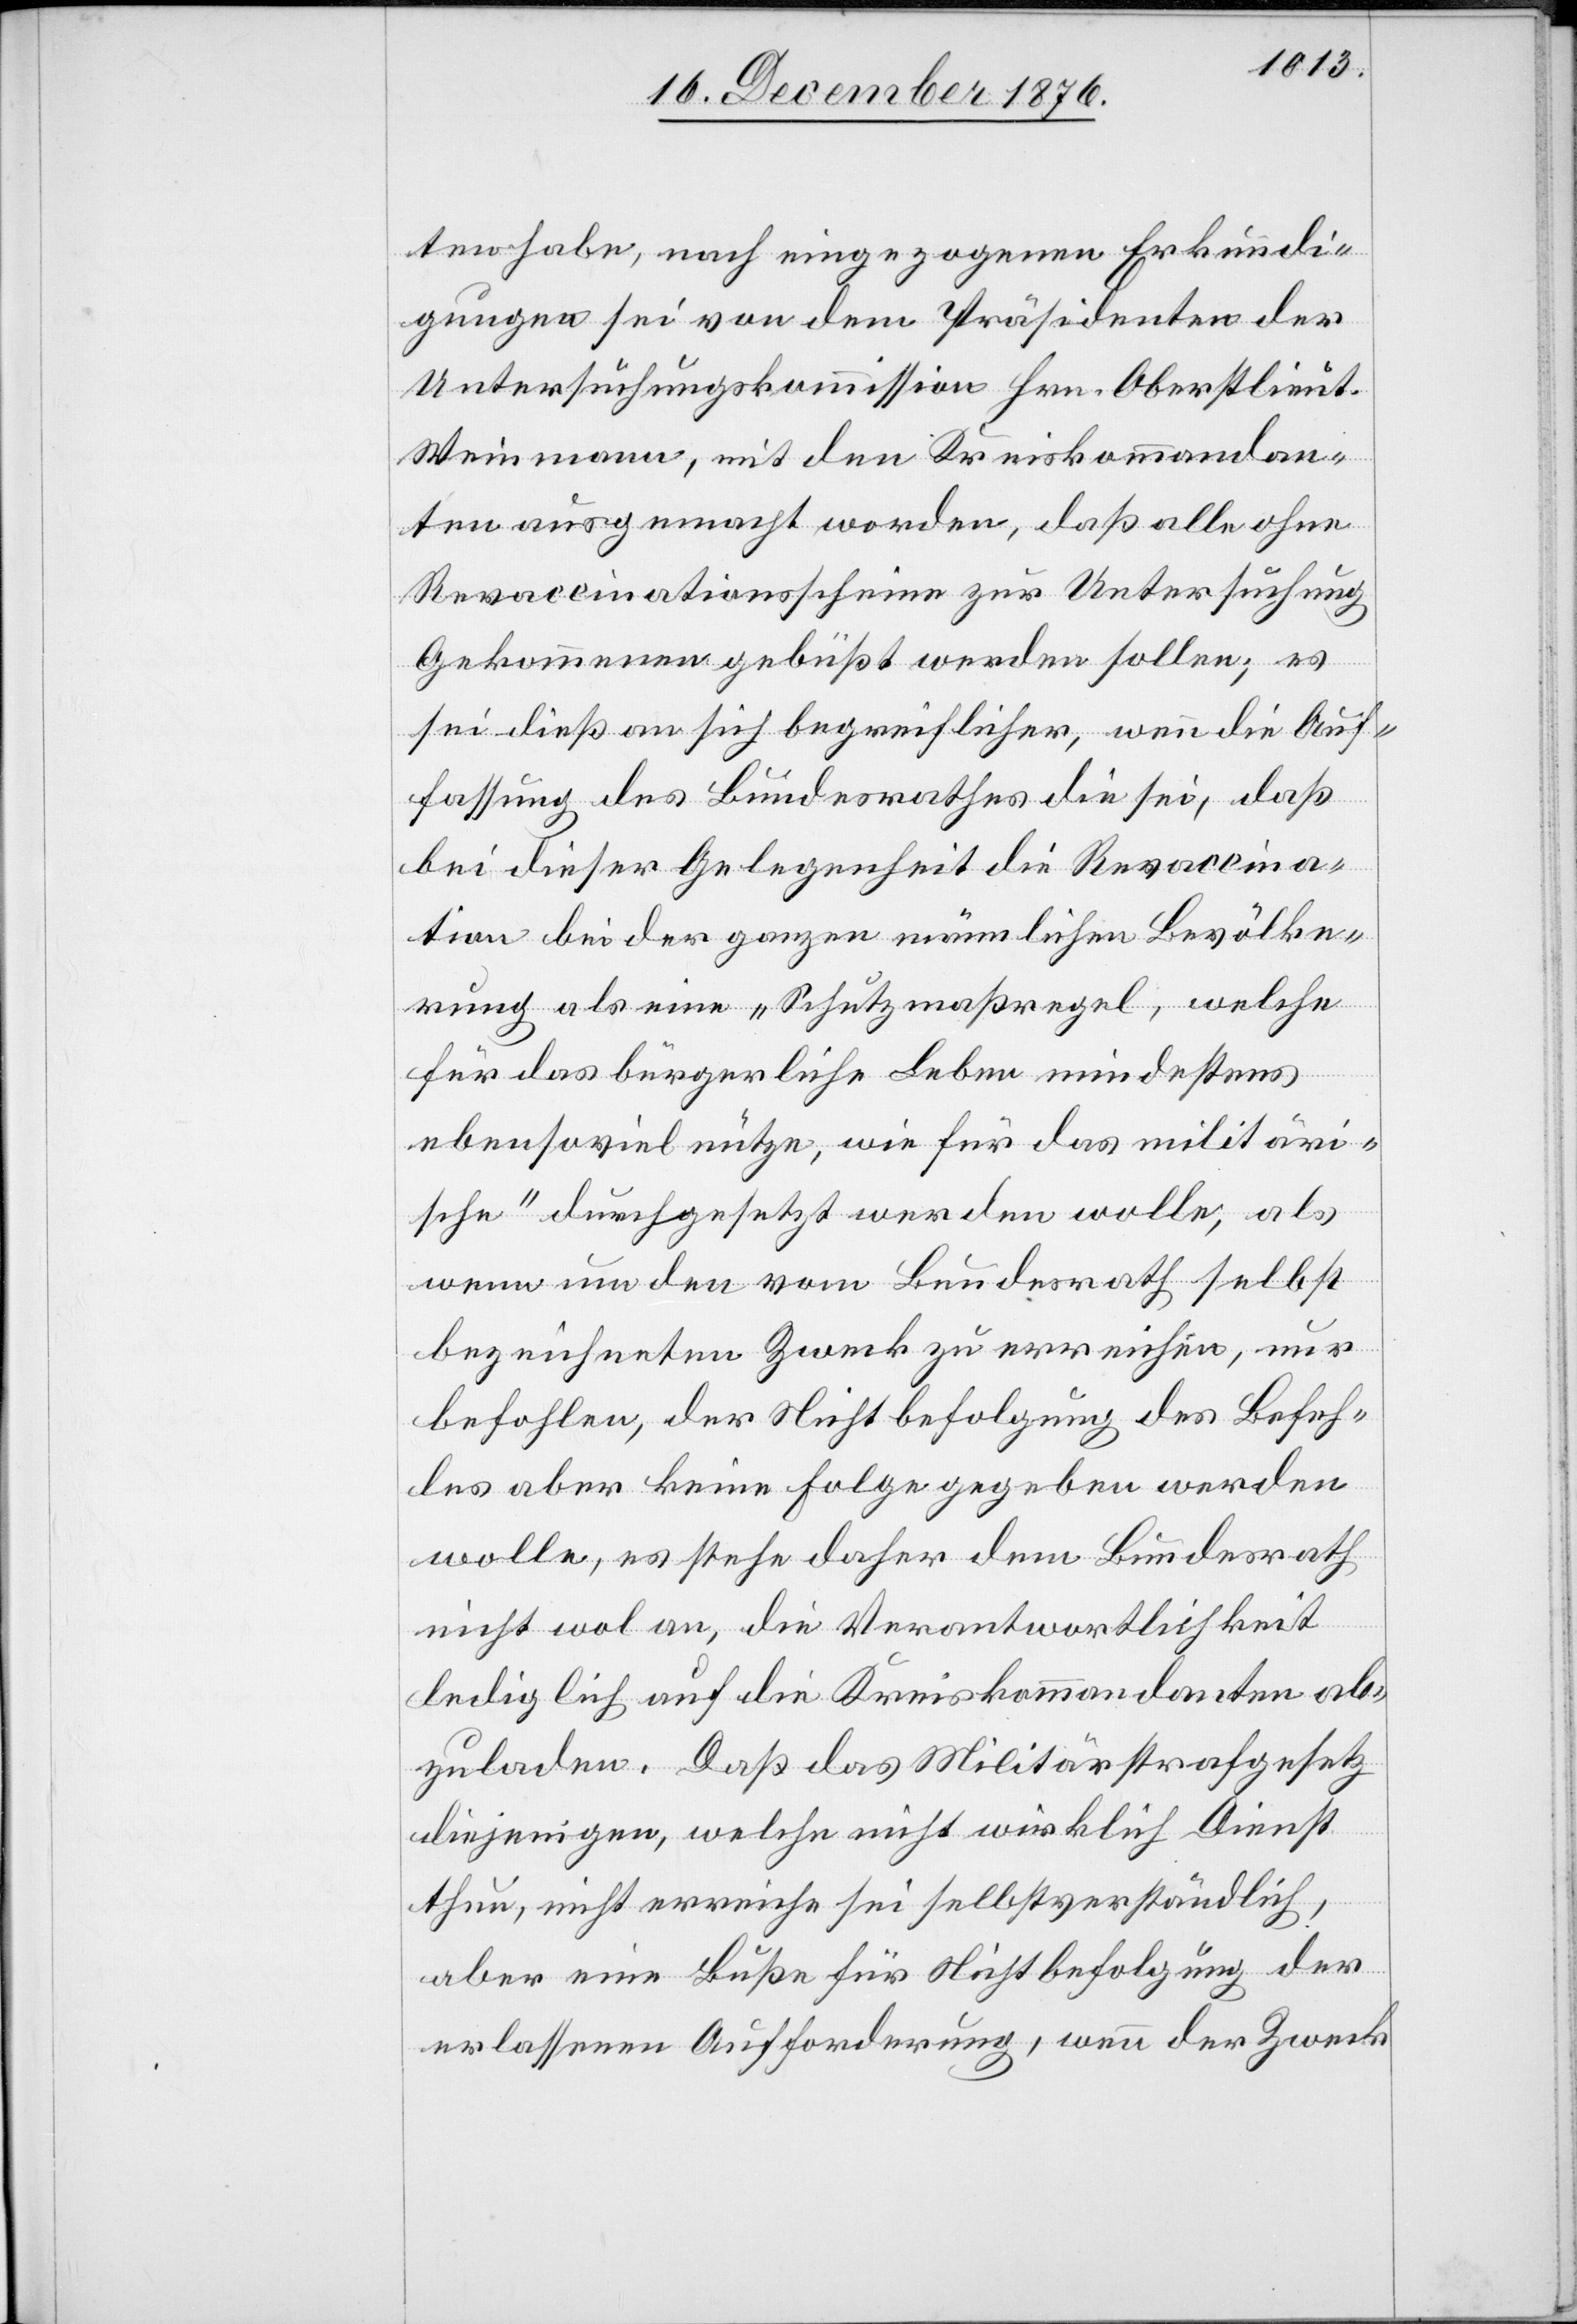
ten habe, nach eingezogenen Erkundi¬
gungen sei von dem Präsidenten der
Untersuchungskommission Hrn. Oberstlieut.
Weinmann, mit den Kreiskommandan¬
ten ausgemacht worden, daß alle ohne
Revaccinationsscheine zur Untersuchung
Gekommenen gebüßt werden sollen; es
sei dieß an sich begreiflicher, wenn die Auf¬
fassung des Bundesrathes die sei, daß
bei dieser Gelegenheit die Revaccina¬
tion bei der ganzen männlichen Bevölke¬
rung als eine „Schutzmaßregel, welche
für das bürgerliche Leben mindestens
ebensoviel nütze, wie für das militäri¬
sche“ durchgesetzt werden wolle, als
wenn um den vom Bundesrath selbst
bezeichneten Zweck zu erreichen, nur
befohlen, der Nichtbefolgung des Befeh¬
les aber keine Folge gegeben werden
wolle, es stehe daher dem Bundesrath
nicht wol an, die Verantwortlichkeit
lediglich auf die Kreiskommandanten ab¬
zuladen. Daß das Militärstrafgesetz
diejenigen, welche nicht wirklich Dienst
thun, nicht erreiche sei selbstverständlich,
aber eine Buße für Nichtbefolgung der
erlassenen Aufforderung, wenn der Zweck